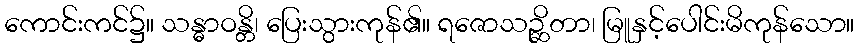
ကောင်းကင်၌။ သန္ဓာဝန္တိ၊ ပြေးသွားကုန်၏။ ရဇောသဉ္ဆိတာ၊ မြူနှင့်ပေါင်းမိကုန်သော။